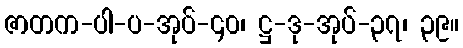
ဇာတက-ပါ-ပ-အုပ်-၄၀၊ ဋ္ဌ-ဒု-အုပ်-၃၇၊ ၃၉။